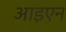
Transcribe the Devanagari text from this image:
आइएन